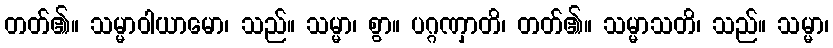
တတ်၏။ သမ္မာဝါယာမော၊ သည်။ သမ္မာ၊ စွာ။ ပဂ္ဂဏှာတိ၊ တတ်၏။ သမ္မာသတိ၊ သည်။ သမ္မာ၊